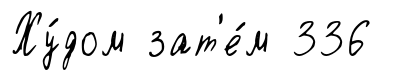
Ху́дом зат'е́м 336